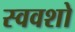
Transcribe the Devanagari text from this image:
स्ववशो